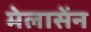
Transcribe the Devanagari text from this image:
मेलासेंन